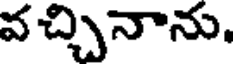
వచ్చినాను.